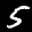
Label: 5